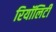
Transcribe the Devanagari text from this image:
रियॉलिटी